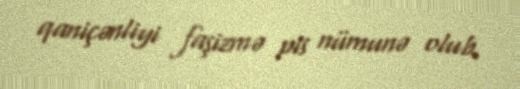
qaniçənliyi faşizmə pis nümunə olub.